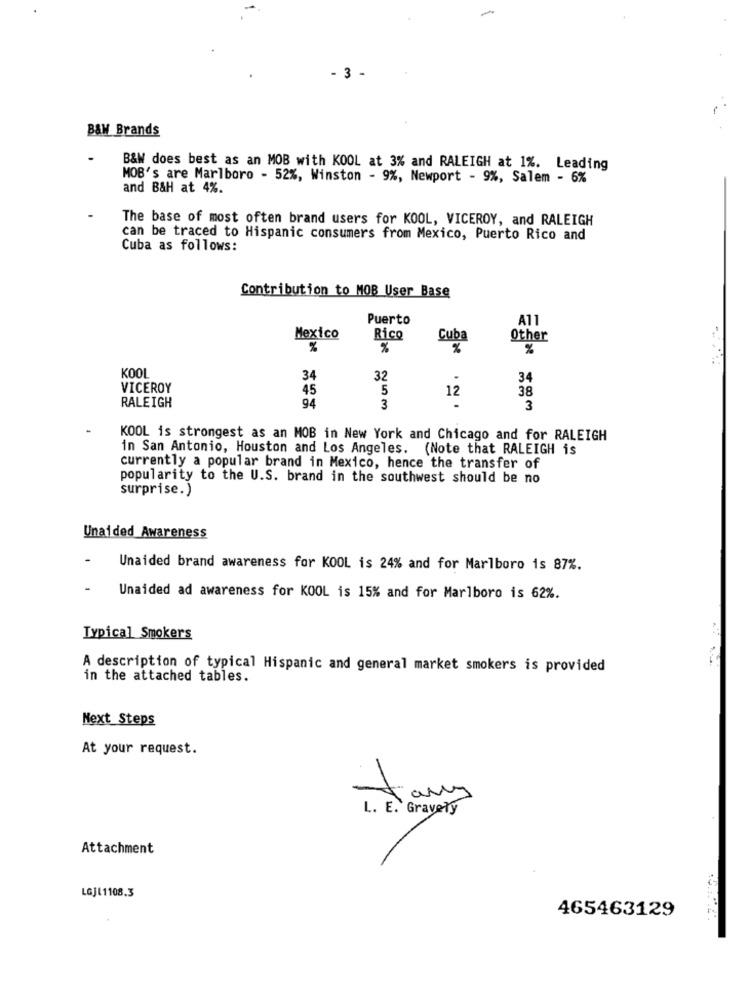
. 3 -
B&W Brands
B&W does best as an MOB with KOOL at 3% and RALEIGH at 1%. Leading
MOB's are Marlboro - 52%, Winston - 9%, Newport - 9%, Salem - 6%
and B&H at 4%.
The base of most often brand users for KOOL, VICEROY, and RALEIGH
can be traced to Hispanic consumers from Mexico, Puerto Rico and
Cuba as follows:
Contribution to MOB User Base
Puerto
A11
-
Mexico
Rico
Cuba
Other
%
%
%
%
KOOL
34
32
34
VICEROY
45
5
12
38
RALEIGH
94
3
3
KOOL is strongest as an MOB in New York and Chicago and for RALEIGH
in San Antonio, Houston and Los Angeles. (Note that RALEIGH is
currently a popular brand in Mexico, hence the transfer of
popularity to the U.S. brand in the southwest should be no
surprise.)
Unaided Awareness
Unaided brand awareness for KOOL is 24% and for Marlboro is 87%.
Unaided ad awareness for KOOL is 15% and for Marlboro is 62%.
Typical Smokers
A description of typical Hispanic and general market smokers is provided
in the attached tables.
Next Steps
At your request.
tany
L. E. Gravely
Attachment
LGJL1108.3
465463129